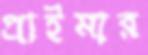
প্রাইমার